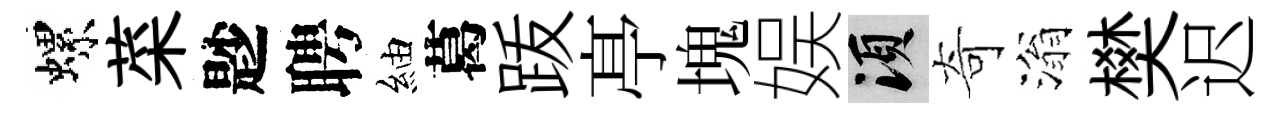
螺菜尟聘紬葛䟦𠅘塊娱須奇滃樊迟